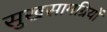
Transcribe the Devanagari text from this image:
सुखसामग्रियों